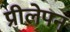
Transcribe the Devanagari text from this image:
प्रीलेपन